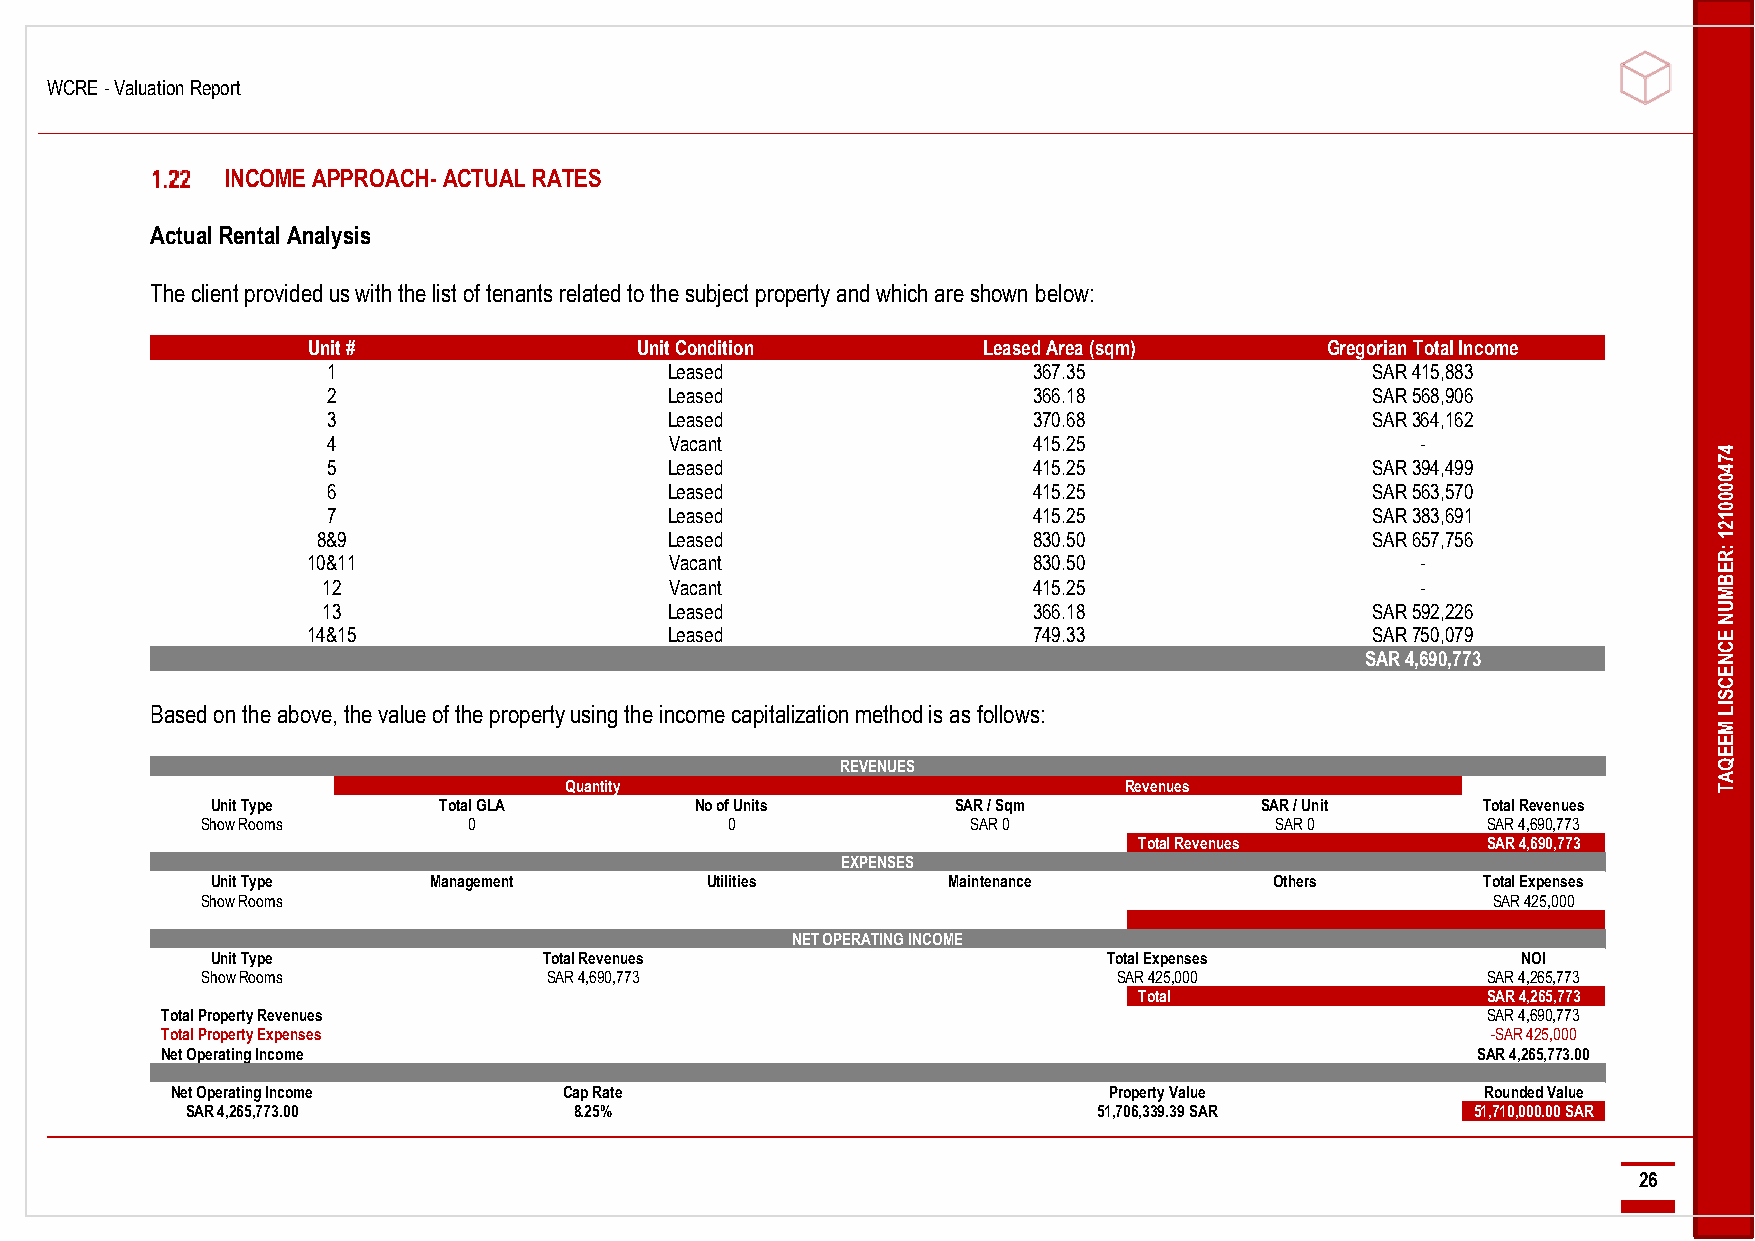
WCRE - Valuation Report
 -------------------------------------------------------------------------------------------------------------------------------------------------------------------------------------------------------------------------------------------------------------------------------------------------------------------------------------------------------------------------------------------------------------------------------------
 INCOME APPROACH- ACTUAL RATES
 Actual Rental Analysis
 The client provided us with the list of tenants related to the subject property and which are shown below:
 Unit #                Unit Condition         Leased Area (sqm)      Gregorian Total Income
 1                     Leased                  367.35                 SAR 415,883
 2                     Leased                  366.18                 SAR 568,906
 3                     Leased                  370.68                 SAR 364,162
 4                     Vacant                  415.25                    -
 4
 5                     Leased                  415.25                 SAR 394,499            7 4
 0
 6                     Leased                  415.25                 SAR 563,570            0
 0
 7                     Leased                  415.25                 SAR 383,691            0 1
 2
 8&9                    Leased                  830.50                 SAR 657,756            1
 10&11                   Vacant                  830.50                    -
 :R
 E
 12                     Vacant                  415.25                    -                   B
 M
 13                     Leased                  366.18                 SAR 592,226            U
 N
 14&15                   Leased                  749.33                 SAR 750,079            E
 C
 SAR 4,690,773           N
 E
 C
 S
 Based on the above, the value of the property using the income capitalization method is as follows:     IL
 M
 E
 E
 REVENUES                                                  Q
 A
 Quantity                             Revenues                                T
 Unit Type      Total GLA        No of Units      SAR / Sqm           SAR / Unit     Total Revenues
 Show Rooms        0                0               SAR 0               SAR 0         SAR 4,690,773
 Total Revenues         SAR 4,690,773
 EXPENSES
 Unit Type     Management         Utilities       Maintenance          Others        Total Expenses
 Show Rooms                                                                            SAR 425,000
 NET OPERATING INCOME
 Unit Type             Total Revenues                       Total Expenses              NOI
 Show Rooms             SAR 4,690,773                         SAR 425,000             SAR 4,265,773
 Total                  SAR 4,265,773
 Total Property Revenues                                                                SAR 4,690,773
 Total Property Expenses                                                                 -SAR 425,000
 Net Operating Income                                                                   SAR 4,265,773.00
 Net Operating Income      Cap Rate                            Property Value           Rounded Value
 SAR 4,265,773.00          8.25%                              51,706,339.39 SAR        51,710,000.00 SAR
 ----------------------------------------------------------------------------------------------------------------------------------------------------------------------------------------------------------------------------------------------------------------------------------------------------------------------------------------------------------------------------------------------------------------------------------
 26